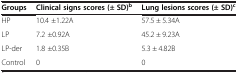
<table><thead><tr><td><b>Groups</b></td><td><b>Clinical signs scores (± SD)<sup>b</sup></b></td><td><b>Lung lesions scores (± SD)<sup>c</sup></b></td></tr></thead><tbody><tr><td>HP</td><td>10.4 ±1.22A</td><td>57.5 ± 5.34A</td></tr><tr><td>LP</td><td>7.2 ±0.92A</td><td>45.2 ± 9.23A</td></tr><tr><td>LP-der</td><td>1.8 ±0.35B</td><td>5.3 ± 4.82B</td></tr><tr><td>Control</td><td>0</td><td>0</td></tr></tbody></table>